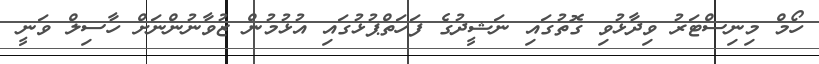
ހޯމް މިނިސްޓަރު ވިދާޅުވި ގޮތުގައި ނަޝީދުގެ ފަހަތްޕުޅުގައި އުޅުމުން ޒުވާނުންނަށް ހާސިލް ވަނީ